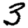
Digit: 3